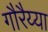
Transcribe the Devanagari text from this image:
गौरैय्या